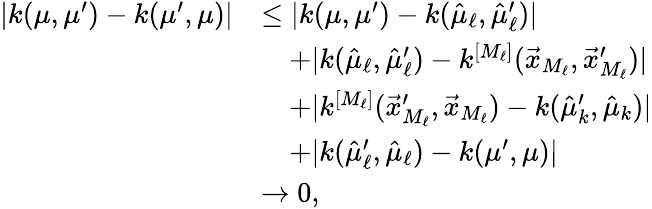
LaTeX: \begin{array}{rl}{|k(\mu,\mu^{\prime})-k(\mu^{\prime},\mu)|}&{\leq|k(\mu,\mu^{\prime})-k(\hat{\mu}_{\ell},\hat{\mu}_{\ell}^{\prime})|}\\ &{\quad+|k(\hat{\mu}_{\ell},\hat{\mu}_{\ell}^{\prime})-k^{[M_{\ell}]}(\vec{x}_{M_{\ell}},\vec{x}_{M_{\ell}}^{\prime})|}\\ &{\quad+|k^{[M_{\ell}]}(\vec{x}_{M_{\ell}}^{\prime},\vec{x}_{M_{\ell}})-k(\hat{\mu}_{k}^{\prime},\hat{\mu}_{k})|}\\ &{\quad+|k(\hat{\mu}_{\ell}^{\prime},\hat{\mu}_{\ell})-k(\mu^{\prime},\mu)|}\\ &{\rightarrow 0,}\end{array}